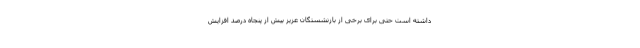
داشته است حتی برای برخی از بازنشستگان عزیز بیش از پنجاه درصد افزایش